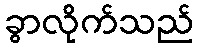
ခွာလိုက်သည်